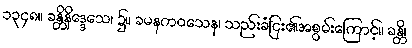
၁၃၄၈။ ခန္တိနိဒ္ဒေသေ၊ ၌။ ခမနကဝသေန၊ သည်းခံငြ်း၏အစွမ်းကြောင့်။ ခန္တိ၊